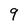
Character: 9